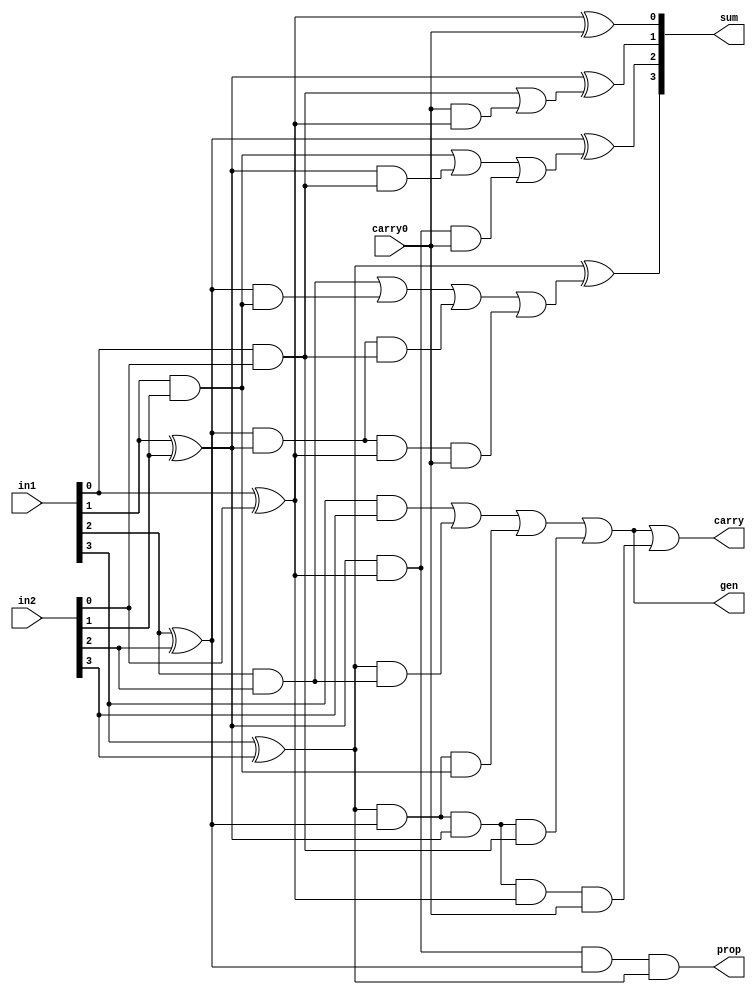
`timescale 1ns / 1ps
//////////////////////////////////////////////////////////////////////////////////
// Company: 
// Engineer: 
// 
// Design Name: 
// Module Name:    Augmented_Carry_Lookahead_Adder 
// Project Name: 
// Target Devices: 
// Tool versions: 
// Description: 
//
// Dependencies: 
//
// Revision: 
// Revision 0.01 - File Created
// Additional Comments: 
//
//////////////////////////////////////////////////////////////////////////////////
module Augmented_Carry_Lookahead_Adder(sum, carry, prop, gen, in1, in2, carry0);

output[3:0] sum;
output carry, prop, gen;
input[3:0] in1, in2;
input carry0;

wire[3:0] P, G;
wire[4:0] C;

// Calculating propogation values
assign P[0] = in1[0] ^ in2[0];
assign P[1] = in1[1] ^ in2[1];
assign P[2] = in1[2] ^ in2[2];
assign P[3] = in1[3] ^ in2[3];

// Calculating Generation values
assign G[0] = in1[0] & in2[0];
assign G[1] = in1[1] & in2[1];
assign G[2] = in1[2] & in2[2];
assign G[3] = in1[3] & in2[3];

// Calculating lookahead carry values
assign C[0] = carry0;
assign C[1] = G[0] | (C[0] & P[0]);
assign C[2] = G[1] | (P[1] & G[0]) | (P[1] & P[0] & C[0]);
assign C[3] = G[2] | (P[2] & G[1]) | (P[2] & P[1] & G[0]) | (P[2] & P[1] & P[0] & C[0]);
assign C[4] = G[3] | (P[3] & G[2]) | (P[3] & P[2] & G[1]) | (P[3] & P[2] & P[1] & G[0]) | (P[3] & P[2] & P[1] & P[0] & C[0]);

// Calculating sum values
assign sum[0] = P[0] ^ C[0];
assign sum[1] = P[1] ^ C[1];
assign sum[2] = P[2] ^ C[2];
assign sum[3] = P[3] ^ C[3];

// Calculating carry values
assign carry = C[4];
// Calculating net propogation value
assign prop = P[0] & P[1] & P[2] & P[3];
// Calculating net generation value
assign gen = G[3] | (P[3] & G[2]) | (P[3] & P[2] & G[1]) | (P[3] & P[2] & P[1] & G[0]);

endmodule